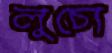
লুচো